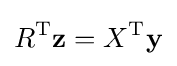
R^{\rm {T}}\mathbf {z} =X^{\rm {T}}\mathbf {y}